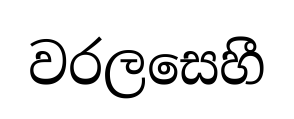
වරලසෙහී